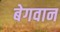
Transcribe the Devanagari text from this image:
बेगवान